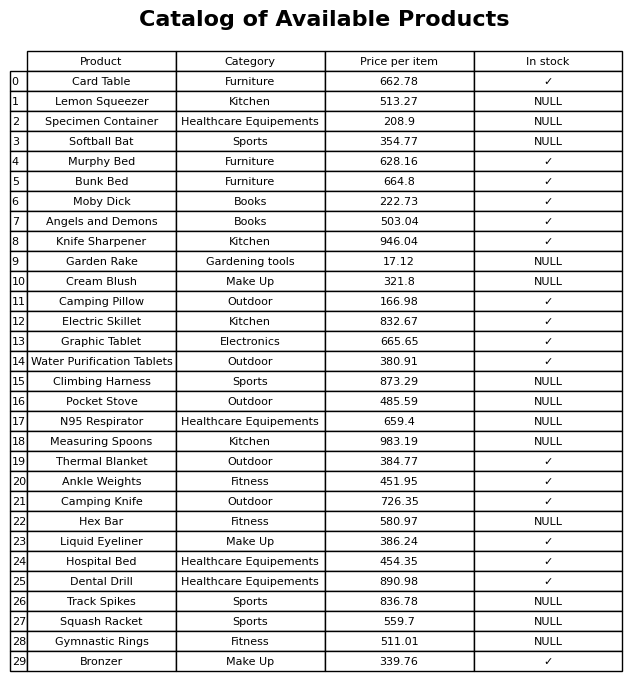
question: What is the stock status of the Lemon Squeezer?
answer: NULL